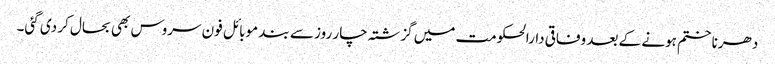
دھرنا ختم ہونے کے بعد وفاقی دارالحکومت میں گزشتہ چار روز سے بند موبائل فون سروس بھی بحال کر دی گئی۔